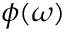
\phi ( \omega )